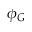
\phi _ { G }